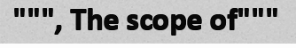
""", The scope of"""